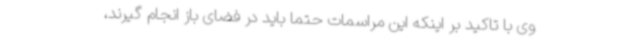
وی با تاکید بر اینکه این مراسمات حتما باید در فضای باز انجام گیرند،